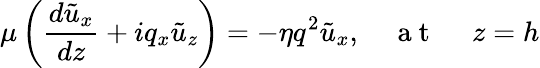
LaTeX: \mu\left(\frac{d\tilde{u}_{x}}{dz}+iq_{x}\tilde{u}_{z}\right)=-\eta q^{2}\tilde{u}_{x},\quad\mathrm{~a~t~\ }\quad z=h